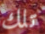
تلك